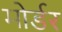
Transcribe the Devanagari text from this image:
मोर्डर